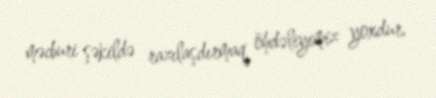
məcburi şəkildə razılaşdırmaq öhdəliyimiz yoxdur.